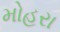
મોહરા